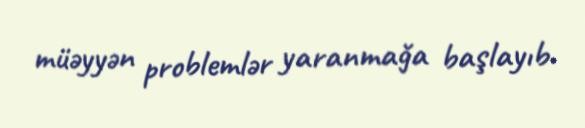
müəyyən problemlər yaranmağa başlayıb.